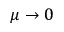
\mu \rightarrow 0